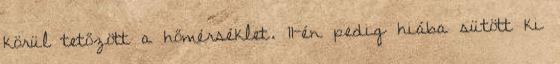
körül tetőzött a hőmérséklet. 11-én pedig hiába sütött ki